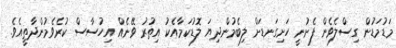
މަޑުމަޑުން ގިސްލެވެން ފެށުނީ ހަށިގަނޑަށް ލިބެމުންދިޔަ ލޮޑުކަމާއެކު އިތުރު ވޭނެއް އިހުސާސް ކުރެވެމުންދާތީއެވެ.